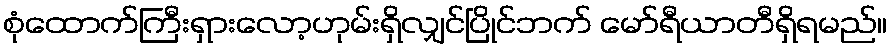
စုံထောက်ကြီးရှားလော့ဟုမ်းရှိလျှင်ပြိုင်ဘက် မော်ရီယာတီရှိရမည်။